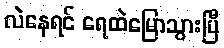
လဲနေရင် ရေထဲမြောသွားပြီ